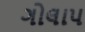
ગોલાપ